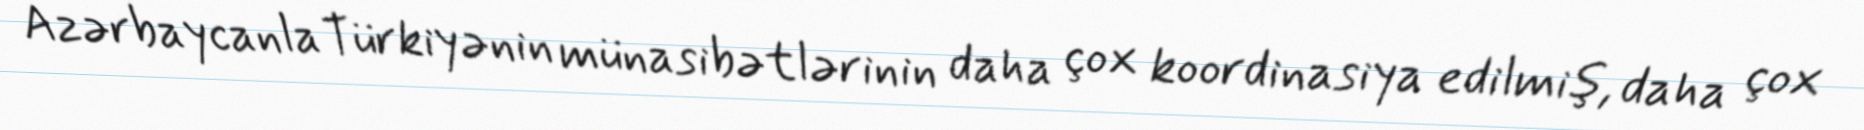
Azərbaycanla Türkiyənin münasibətlərinin daha çox koordinasiya edilmiş, daha çox